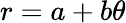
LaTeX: r=a+b\theta